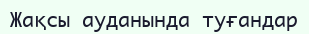
Жақсы ауданында туғандар